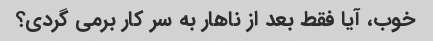
خوب، آیا فقط بعد از ناهار به سر کار برمی گردی؟